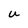
Character: U